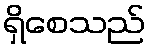
ရှိစေသည်